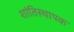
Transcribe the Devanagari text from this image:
शांतिस्थापक